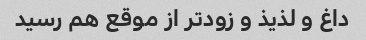
داغ و لذیذ و زودتر از موقع هم رسید